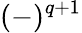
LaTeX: (-)^{q+1}